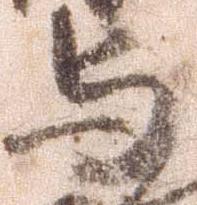
与